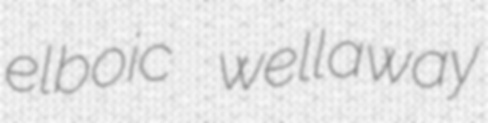
elboic wellaway